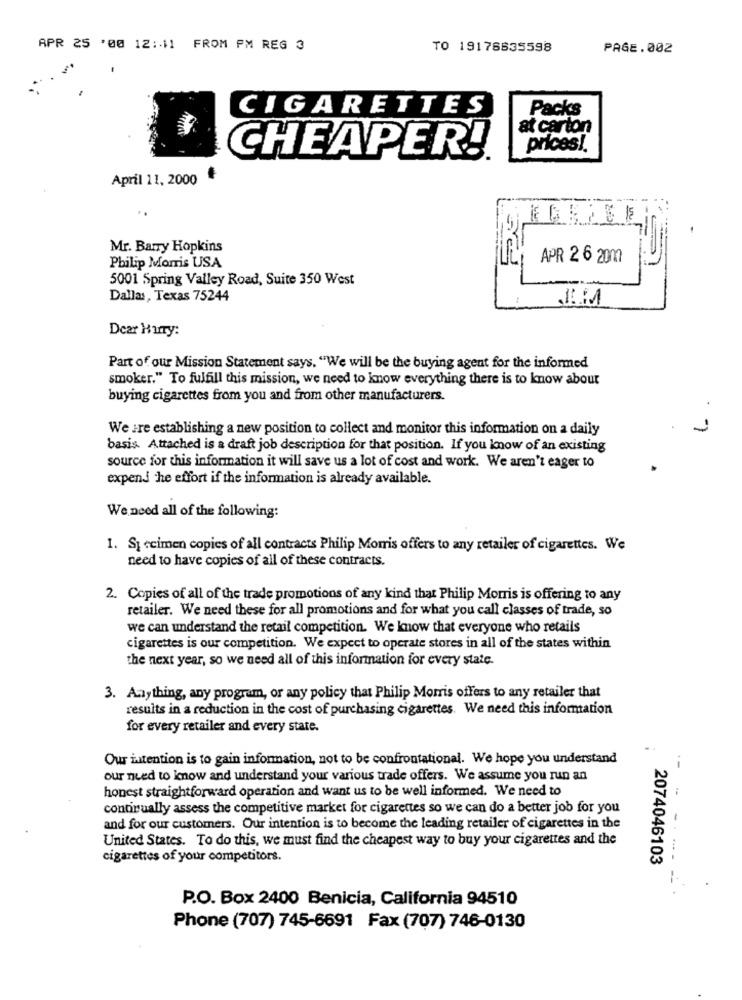
APR 25 '00 12:11 FROM PM REG 3
TO 19176635598
PAGE.002
CIGARETTES
Packs
at carton
prices !.
CHEAPER!
April 11, 2000
Mr. Barry Hopkins
APR 2 6 20m
Philip Morris USA
5001 Spring Valley Road, Suite 350 West
Dallas, Texas 75244
Dear Hurry:
Part of our Mission Statement says, "We will be the buying agent for the informed
smoker." To fulfill this mission, we need to know everything there is to know about
buying cigarettes from you and from other manufacturers.
We are establishing a new position to collect and monitor this information on a daily
basis. Attached is a draft job description for that position. If you know of an existing
source for this information it will save us a lot of cost and work. We aren't eager to
expend he effort if the information is already available.
We need all of the following:
1. Specimen copies of all contracts Philip Morris offers to any retailer of cigarettes. We
need to have copies of all of these contracts.
2. Copies of all of the trade promotions of any kind that Philip Morris is offering to any
retailer. We need these for all promotions and for what you call classes of trade, so
we can understand the retail competition. We know that everyone who retails
cigarettes is our competition. We expect to operate stores in all of the states within
the next year, so we need all of this information for every state.
3. Anything, any program, or any policy that Philip Morris offers to any retailer that
results in a reduction in the cost of purchasing cigarettes. We need this information
for every retailer and every state.
Our intention is to gain information, not to be confrontational. We hope you understand
our need to know and understand your various trade offers. We assume you run an
honest straightforward operation and want us to be well informed. We need to
continually assess the competitive market for cigarettes so we can do a better job for you
and for our customers. Our intention is to become the leading retailer of cigarettes in the
United States. To do this, we must find the cheapest way to buy your cigarettes and the
cigarettes of your competitors.
2074046103
-. ...- --
P.O. Box 2400 Benicia, California 94510
Phone (707) 745-6691 Fax (707) 746-0130